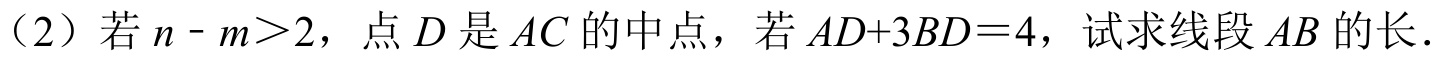
（2）若 \(n - m>2\)，点 \(D\) 是 \(AC\) 的中点，若 \(AD + 3BD = 4\)，试求线段 \(AB\) 的长.